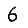
Digit: 6